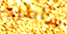
سأطرد